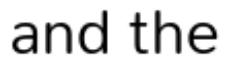
and the